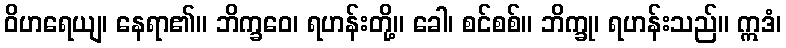
ဝိဟရေယျ၊ နေရာ၏။ ဘိက္ခဝေ၊ ရဟန်းတို့။ ခေါ၊ စင်စစ်။ ဘိက္ခု၊ ရဟန်းသည်။ ဣဒံ၊